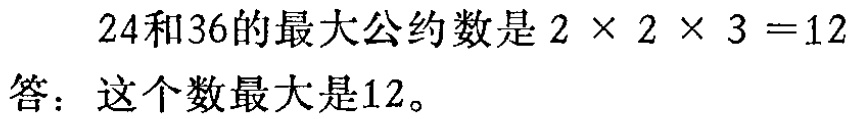
\(24和36的最大公约数是2\times 2\times 3 = 12\)

答：这个数最大是12。